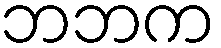
ဘဘက